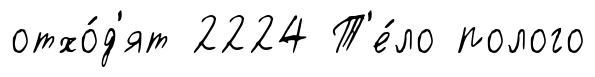
отхо́д'ят 2224 Т'е́ло полого